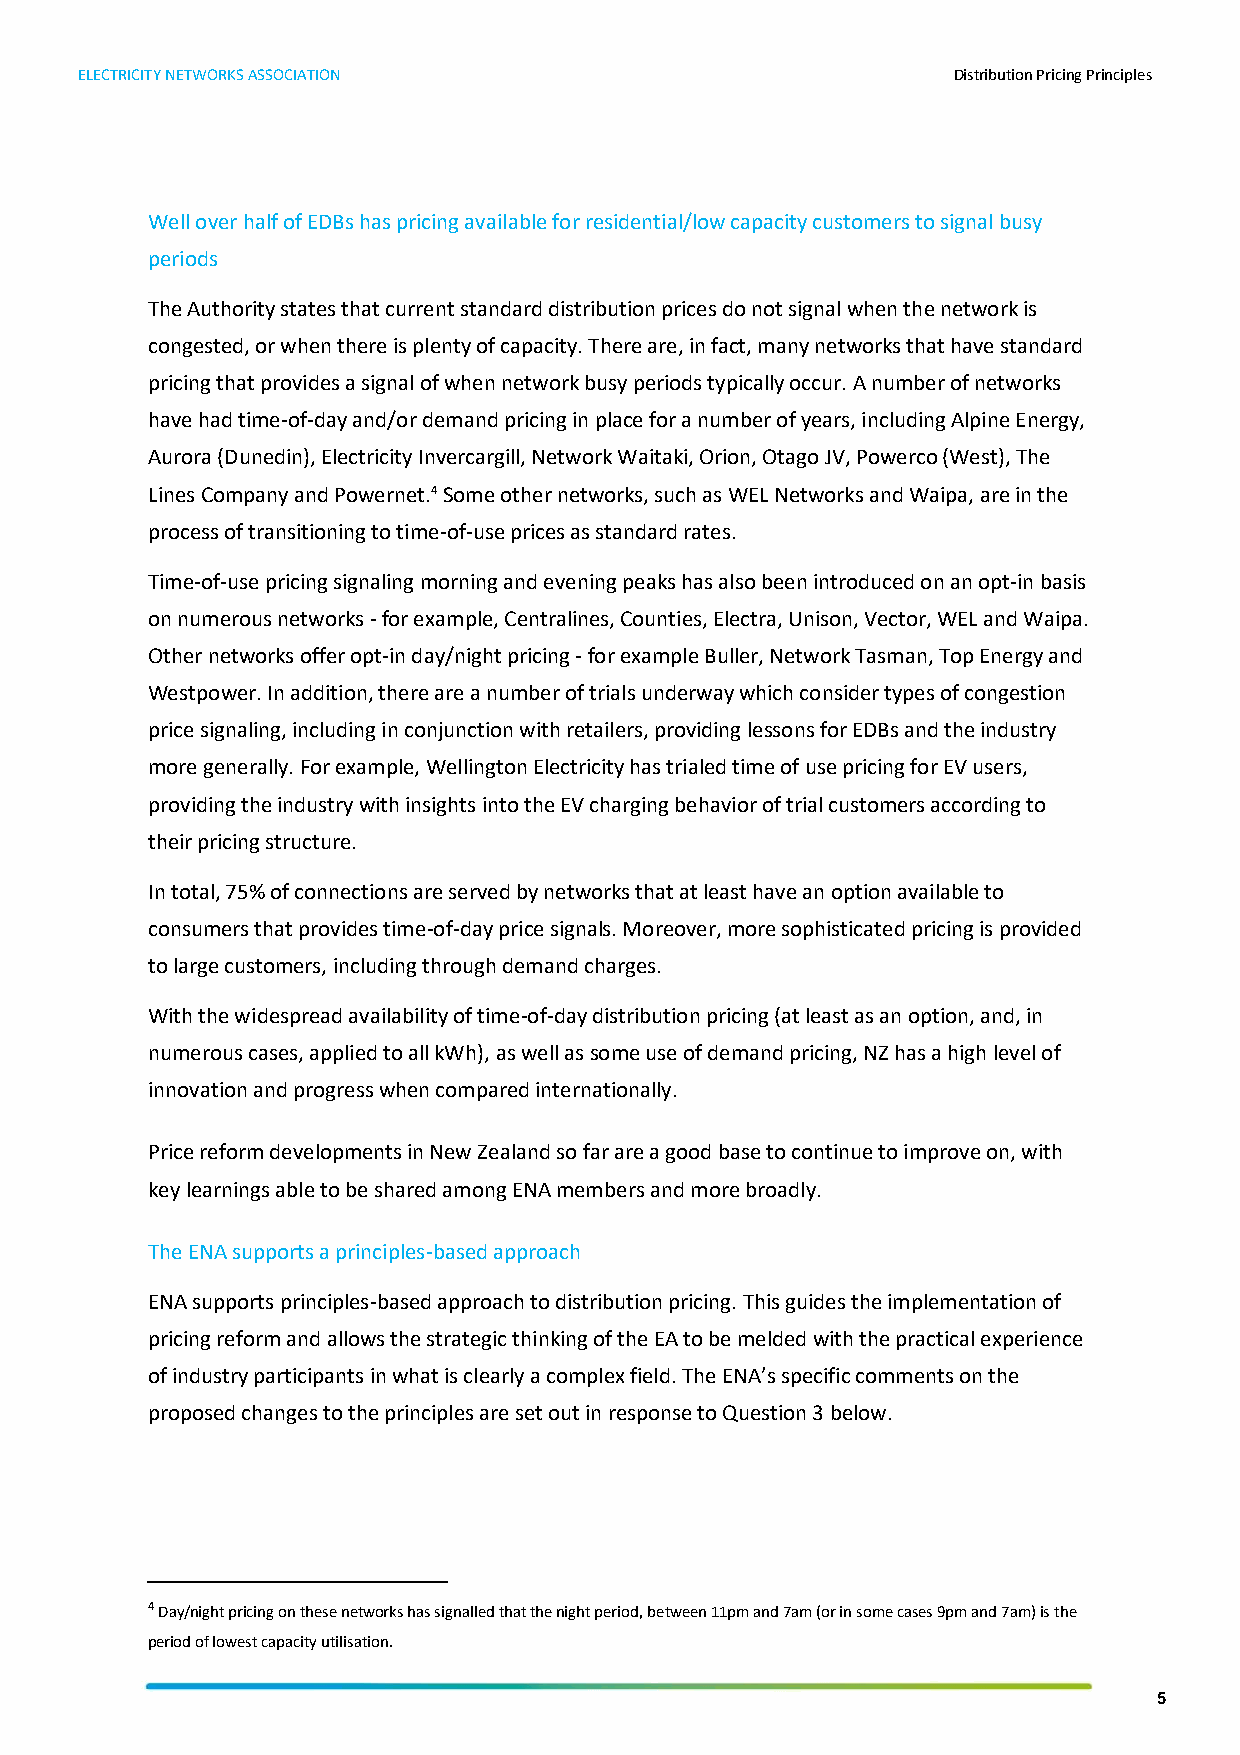
ELECTRICITY NETWORKS ASSOCIATION                          Distribution Pricing Principles
 Well over half of EDBs has pricing available for residential/low capacity customers to signal busy
 periods
 The Authority states that current standard distribution prices do not signal when the network is
 congested, or when there is plenty of capacity. There are, in fact, many networks that have standard
 pricing that provides a signal of when network busy periods typically occur. A number of networks
 have had time-of-day and/or demand pricing in place for a number of years, including Alpine Energy,
 Aurora (Dunedin), Electricity Invercargill, Network Waitaki, Orion, Otago JV, Powerco (West), The
 Lines Company and Powernet.4 Some other networks, such as WEL Networks and Waipa, are in the
 process of transitioning to time-of-use prices as standard rates.
 Time-of-use pricing signaling morning and evening peaks has also been introduced on an opt-in basis
 on numerous networks - for example, Centralines, Counties, Electra, Unison, Vector, WEL and Waipa.
 Other networks offer opt-in day/night pricing - for example Buller, Network Tasman, Top Energy and
 Westpower. In addition, there are a number of trials underway which consider types of congestion
 price signaling, including in conjunction with retailers, providing lessons for EDBs and the industry
 more generally. For example, Wellington Electricity has trialed time of use pricing for EV users,
 providing the industry with insights into the EV charging behavior of trial customers according to
 their pricing structure.
 In total, 75% of connections are served by networks that at least have an option available to
 consumers that provides time-of-day price signals. Moreover, more sophisticated pricing is provided
 to large customers, including through demand charges.
 With the widespread availability of time-of-day distribution pricing (at least as an option, and, in
 numerous cases, applied to all kWh), as well as some use of demand pricing, NZ has a high level of
 innovation and progress when compared internationally.
 Price reform developments in New Zealand so far are a good base to continue to improve on, with
 key learnings able to be shared among ENA members and more broadly.
 The ENA supports a principles-based approach
 ENA supports principles-based approach to distribution pricing. This guides the implementation of
 pricing reform and allows the strategic thinking of the EA to be melded with the practical experience
 of industry participants in what is clearly a complex field. The ENA’s specific comments on the
 proposed changes to the principles are set out in response to Question 3 below.
 4 Day/night pricing on these networks has signalled that the night period, between 11pm and 7am (or in some cases 9pm and 7am) is the
 period of lowest capacity utilisation.
 5